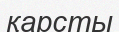
қарсты